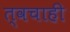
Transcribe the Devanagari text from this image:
त्वचाही